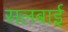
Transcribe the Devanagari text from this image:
सलबाई